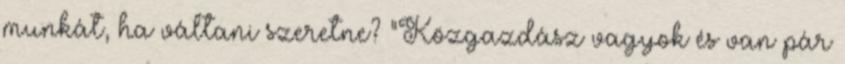
munkát, ha váltani szeretne? "Közgazdász vagyok és van pár